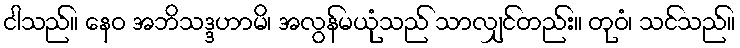
ငါသည်။ နေဝ အဘိသဒ္ဒဟာမိ၊ အလွန်မယုံသည် သာလျှင်တည်း။ တုဝံ၊ သင်သည်။